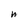
Character: n